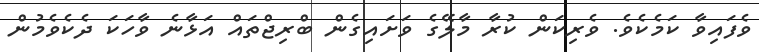
ވެފައިވާ ކަމެކެވެ. ވެރިކަން ކުރާ މާލޭގެ ވަށައިގެން ބްރިޖްތައް އަޅާނެ ވާހަކަ ދެކެވެމުން